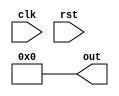
module ravi_counter(out,clk,rst);
  output reg [7:0]out;
  input clk, rst;
  initial
    begin
      out = 8'b0;
    end
  always@(posedge clk)
    begin
      out = out + 1;
    end
  always@(rst)
    begin
      if(rst == 1)
        begin
          out = 8'b0;
        end
    end
endmodule